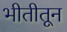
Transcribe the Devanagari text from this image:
भीतीतून